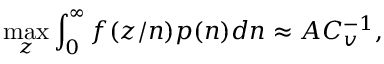
\operatorname* { m a x } _ { z } \int _ { 0 } ^ { \infty } f ( z / n ) p ( n ) d n \approx A C _ { v } ^ { - 1 } ,